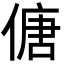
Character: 傏